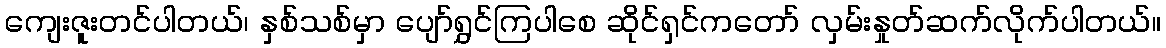
ကျေးဇူးတင်ပါတယ်၊ နှစ်သစ်မှာ ပျော်ရွှင်ကြပါစေ ဆိုင်ရှင်ကတော် လှမ်းနှုတ်ဆက်လိုက်ပါတယ်။